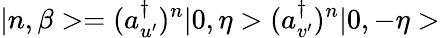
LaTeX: |n,\beta>=(a_{u^{\prime}}^{\dagger})^{n}|0,\eta>(a_{v^{\prime}}^{\dagger})^{n}|0,-\eta>